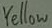
Text: Yellow